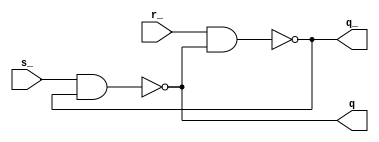
module sr(
    input s_,
    input r_,
    output q,
    output q_
);

nand(q_, r_, q);
nand(q, s_, q_);

endmodule